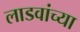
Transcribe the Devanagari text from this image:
लाडवांच्या